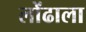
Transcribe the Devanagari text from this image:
लोंढाला